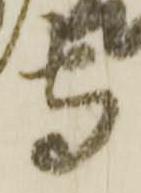
守